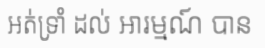
អត់ទ្រាំ ដល់ ឤរម្មណ៍ បាន